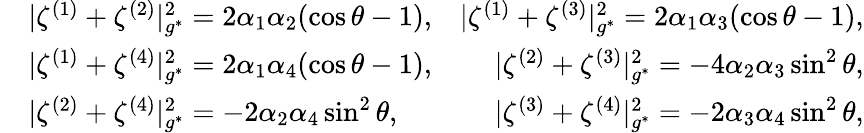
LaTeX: \begin{array}{rlr}&{|\zeta^{(1)}+\zeta^{(2)}|_{g^{*}}^{2}=2\alpha_{1}\alpha_{2}(\cos\theta-1),}&{|\zeta^{(1)}+\zeta^{(3)}|_{g^{*}}^{2}=2\alpha_{1}\alpha_{3}(\cos\theta-1),}\\ &{|\zeta^{(1)}+\zeta^{(4)}|_{g^{*}}^{2}=2\alpha_{1}\alpha_{4}(\cos\theta-1),}&{|\zeta^{(2)}+\zeta^{(3)}|_{g^{*}}^{2}=-4\alpha_{2}\alpha_{3}\sin^{2}\theta,}\\ &{|\zeta^{(2)}+\zeta^{(4)}|_{g^{*}}^{2}=-2\alpha_{2}\alpha_{4}\sin^{2}\theta,}&{|\zeta^{(3)}+\zeta^{(4)}|_{g^{*}}^{2}=-2\alpha_{3}\alpha_{4}\sin^{2}\theta,}\end{array}